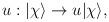
LaTeX: \begin{align*}u: |\chi \rangle \rightarrow u |\chi \rangle ,\end{align*}